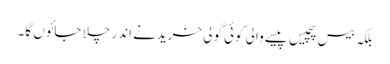
بلکہ بیس پچیس پیسے والی کوئی گولی خریدنے اندر چلا جائوں گا۔